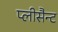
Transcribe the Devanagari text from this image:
प्लीसैन्ट